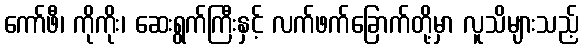
ကော်ဖီ၊ ကိုကိုး၊ ဆေးရွက်ကြီးနှင့် လက်ဖက်ခြောက်တို့မှာ လူသိများသည့်